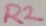
Text: R2